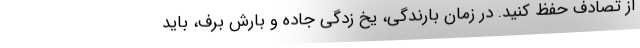
از تصادف حفظ کنید. در زمان بارندگی، یخ زدگی جاده و بارش برف، باید